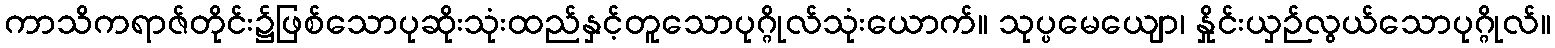
ကာသိကရာဇ်တိုင်း၌ဖြစ်သောပုဆိုးသုံးထည်နှင့်တူသောပုဂ္ဂိုလ်သုံးယောက်။ သုပ္ပမေယျော၊ နှိုင်းယှဉ်လွယ်သောပုဂ္ဂိုလ်။